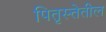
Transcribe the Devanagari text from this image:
पितृस्त्तेतील